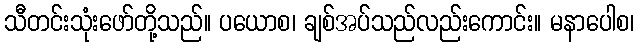
သီတင်းသုံးဖော်တို့သည်။ ပယောစ၊ ချစ်အပ်သည်လည်းကောင်း။ မနာပေါစ၊